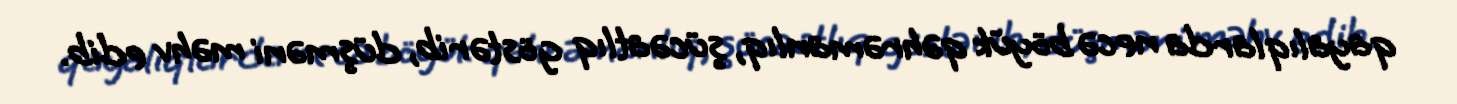
qayalıqlarda necə böyük qəhrəmanlıq, şücəatlıq göstərib, düşməni məhv edib.